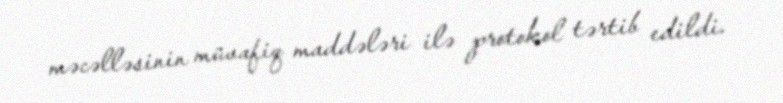
məcəlləsinin müvafiq maddələri ilə protokol tərtib edildi.